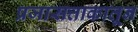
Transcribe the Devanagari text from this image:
प्रजासत्ताकातून